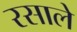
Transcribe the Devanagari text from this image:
रसाले